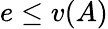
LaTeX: e\leq v(A)